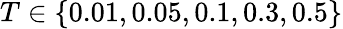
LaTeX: T\in\{ 0.01,0.05,0.1,0.3,0.5\}